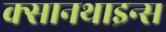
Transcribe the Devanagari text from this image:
क्सानथाइन्स